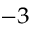
^ { - 3 }